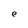
Character: e